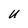
Character: U